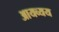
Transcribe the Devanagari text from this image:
आयव्यय